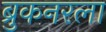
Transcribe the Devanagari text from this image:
ब्रुकनरला